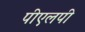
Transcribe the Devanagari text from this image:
पीएलपी